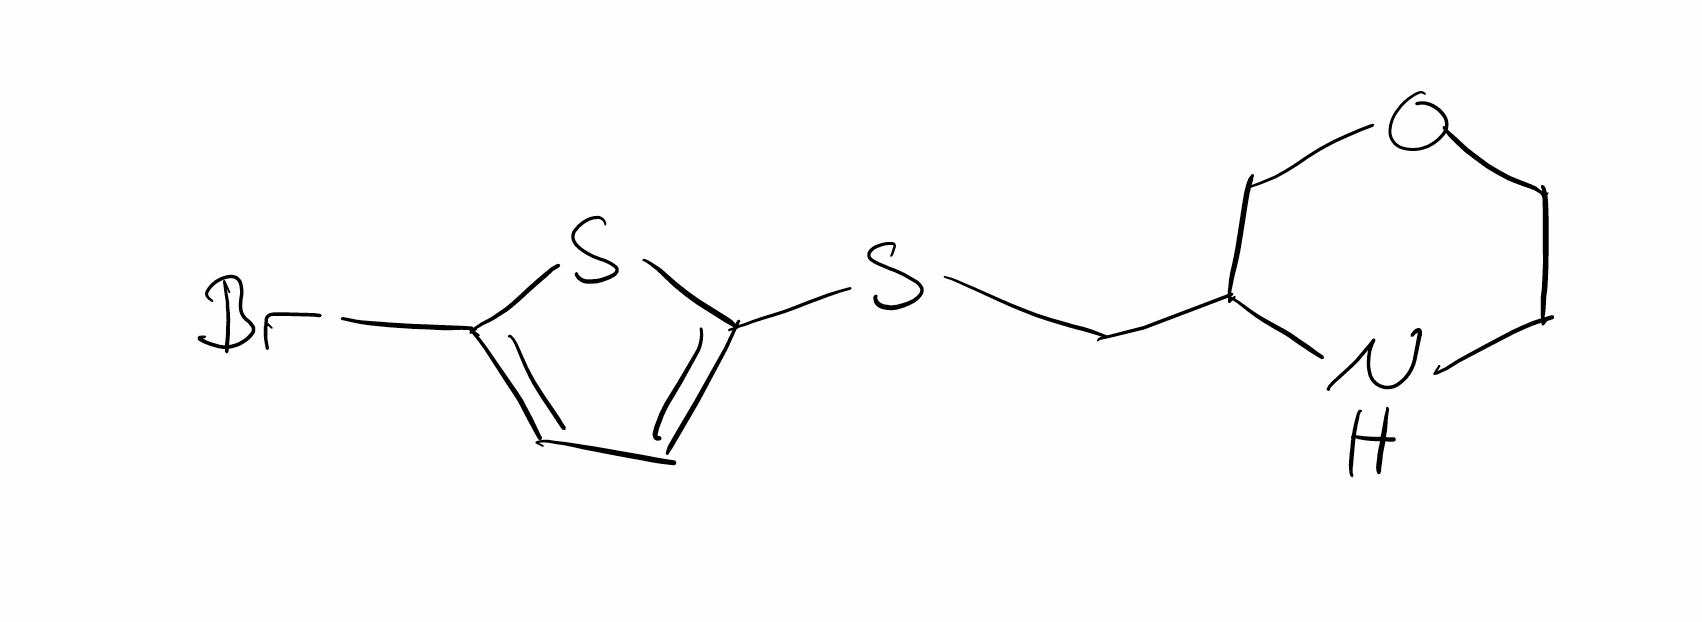
Simplified molecular-input line-entry system (SMILES) notation of the given molecule:
C1COCC(N1)CSC2=CC=C(S2)Br